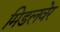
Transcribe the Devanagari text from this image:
मिडलवेर